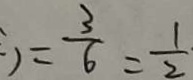
) = \frac { 3 } { 6 } = \frac { 1 } { 2 }